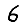
Digit: 6